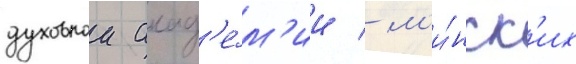
духовнои акад'е́м'ии / м'и́нск'их